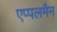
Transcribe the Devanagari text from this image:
एप्पलमैन